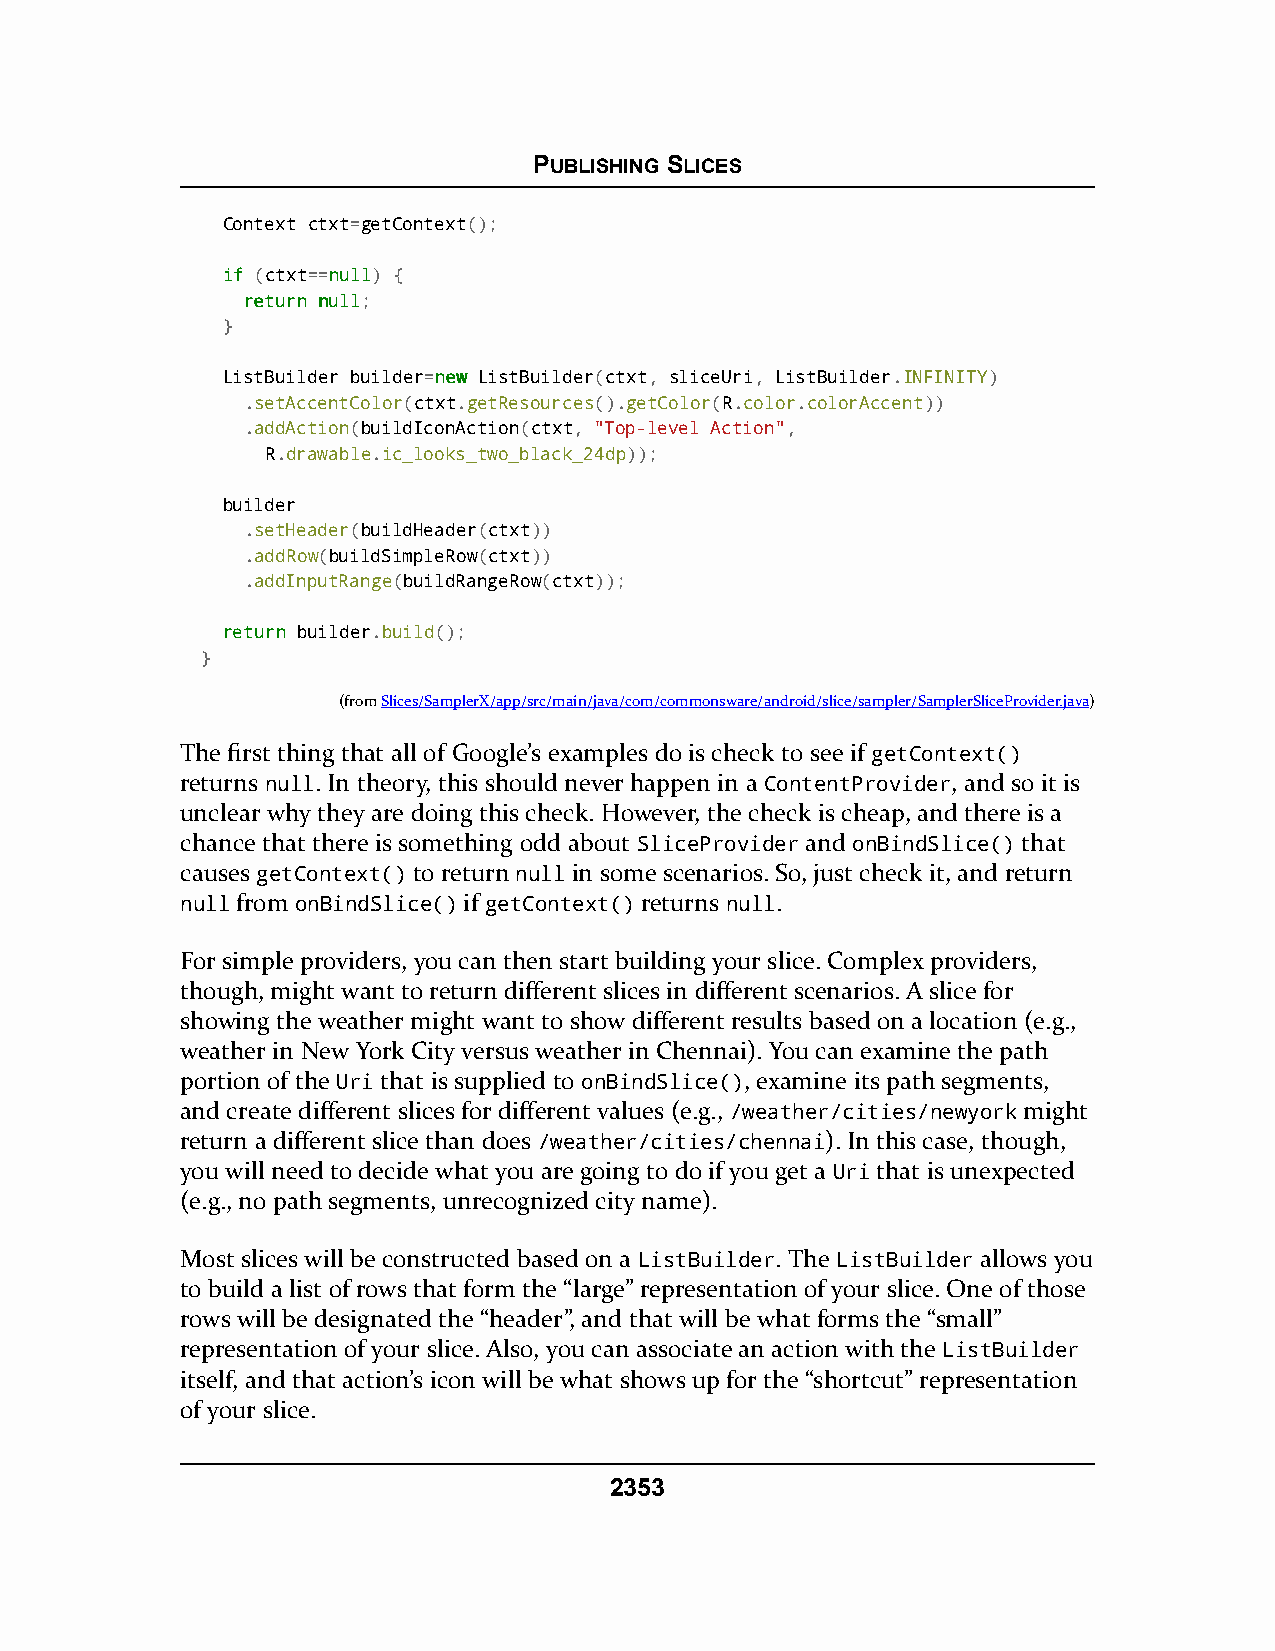
PUBLISHING SLICES
 Context ctxt=getContext();
 iiff (ctxt==nnuullll) {
 rreettuurrnn nnuullll;
 }
 ListBuilder builder=nneeww ListBuilder(ctxt, sliceUri, ListBuilder.INFINITY)
 .setAccentColor(ctxt.getResources().getColor(R.color.colorAccent))
 .addAction(buildIconAction(ctxt, "Top-level Action",
 R.drawable.ic_looks_two_black_24dp));
 builder
 .setHeader(buildHeader(ctxt))
 .addRow(buildSimpleRow(ctxt))
 .addInputRange(buildRangeRow(ctxt));
 rreettuurrnn builder.build();
 }
 (fromSlices/SamplerX/app/src/main/java/com/commonsware/android/slice/sampler/SamplerSliceProvider.java)
 The first thing that all of Google’s examples do is check to see if getContext()
 returns null. In theory, this should never happen in a ContentProvider, and so it is
 unclear why they are doing this check. However, the check is cheap, and there is a
 chance that there is something odd about SliceProvider and onBindSlice() that
 causes getContext() to return null in some scenarios. So, just check it, and return
 null from onBindSlice() if getContext() returns null.
 For simple providers, you can then start building your slice. Complex providers,
 though, might want to return different slices in different scenarios. A slice for
 showing the weather might want to show different results based on a location (e.g.,
 weather in New York City versus weather in Chennai). You can examine the path
 portion of the Uri that is supplied to onBindSlice(), examine its path segments,
 and create different slices for different values (e.g., /weather/cities/newyork might
 return a different slice than does /weather/cities/chennai). In this case, though,
 you will need to decide what you are going to do if you get a Uri that is unexpected
 (e.g., no path segments, unrecognized city name).
 Most slices will be constructed based on a ListBuilder. The ListBuilder allows you
 to build a list of rows that form the “large” representation of your slice. One of those
 rows will be designated the “header”, and that will be what forms the “small”
 representation of your slice. Also, you can associate an action with the ListBuilder
 itself, and that action’s icon will be what shows up for the “shortcut” representation
 of your slice.
 2353